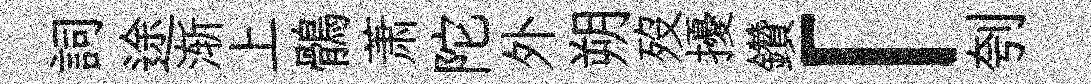
詞途渐上鶻萧陀外朔歿擾鑽「刳